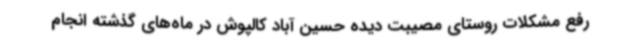
رفع مشکلات روستای مصیبت دیده حسین آباد کالپوش در ماه‌های گذشته انجام